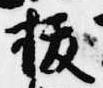
抜